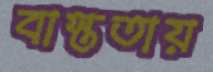
বাস্ততায়